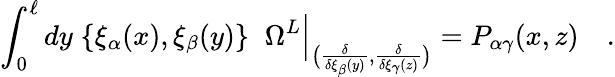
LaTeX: \int_{0}^{\ell}dy\; \{ \xi_{\alpha}(x),\xi_{\beta}(y)\} \; \; \Omega^{L}\Big|_{\big({\frac{\delta}{\delta\xi_{\beta}(y)}},{\frac{\delta}{\delta\xi_{\gamma}(z)}}\big)}=P_{\alpha\gamma}(x,z)\quad.